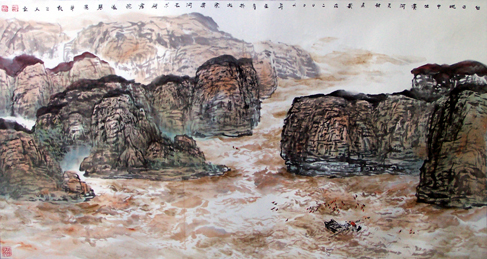
边兵春尽回，独上单于台。